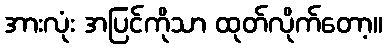
အားလုံး အပြင်ကိုသာ ထုတ်လိုက်တော့။